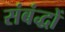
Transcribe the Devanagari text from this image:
संबंद्धों